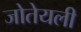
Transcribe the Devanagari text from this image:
जोतेयली